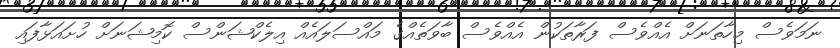
ނަމަވެސް މިހާތަނަށް އެއްވެސް ފަރާތަކުން އެއްވެސް ބާވަތެއްގެ މައްސަލައެއް އިލެކްޝަންސް ކޮމިޝަނަށް ހުށައަޅާފައި